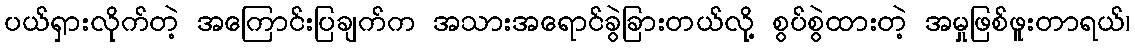
ပယ်ရှားလိုက်တဲ့ အကြောင်းပြချက်က အသားအရောင်ခွဲခြားတယ်လို့ စွပ်စွဲထားတဲ့ အမှုဖြစ်ဖူးတာရယ်၊